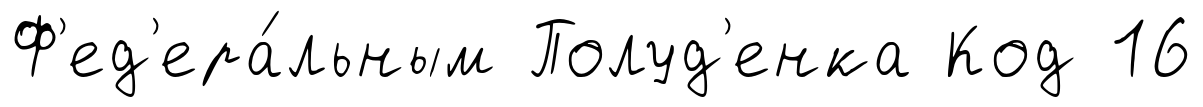
Ф'ед'ера́льным Полуд'енка Код 16